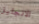
الانجليز